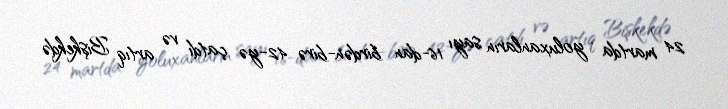
24 martda yoluxanların sayı 16-dan birdən-birə 42-yə çatdı və artıq Bişkekdə